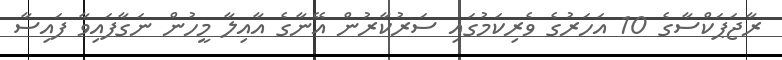
ރާޖަޕަކްސާގެ 10 އަހަރުގެ ވެރިކަމުގައި ސަރުކާރުން އޭނާގެ އާއިލާ މީހުން ނަގާފައިވާ ފައިސާ